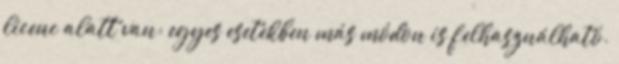
licenc alatt van; egyes esetekben más módon is felhasználható.